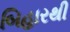
બિહારથી